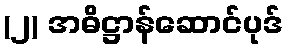
(၂) အဓိဋ္ဌာန်ဆောင်ပုဒ်